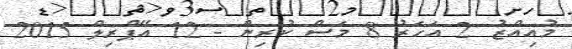
މުއިއްޒު 2 އަހަރު 8 މަސް ކުރިން - 12 އޭޕްރިލް 2015